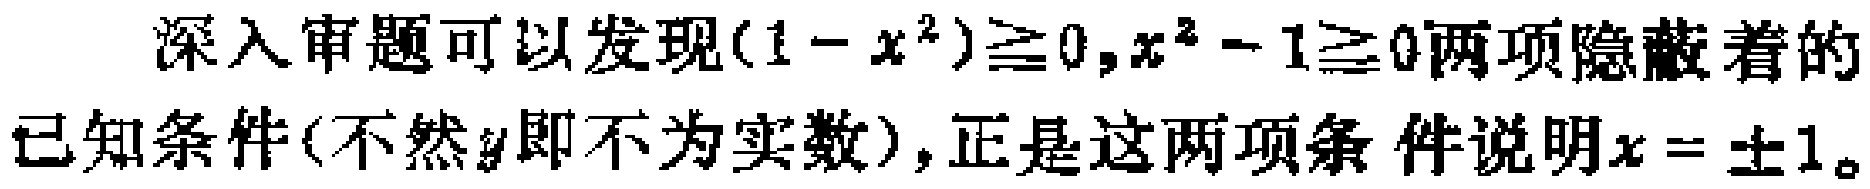
深入审题可以发现\((1 - x^{2})\ge 0,x^{2} - 1\ge 0\)两项隐蔽着的已知条件(不然\(y\)即不为实数),正是这两项条件说明\(x = \pm1\)。